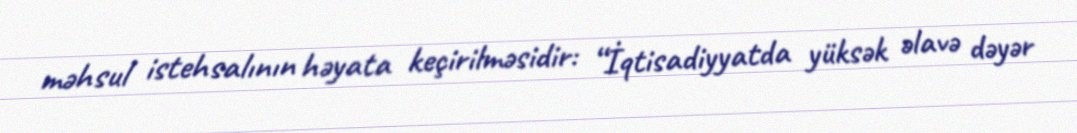
məhsul istehsalının həyata keçirilməsidir: “İqtisadiyyatda yüksək əlavə dəyər